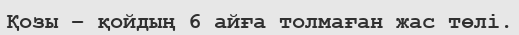
Қозы – қойдың 6 айға толмаған жас төлі.